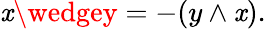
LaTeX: \mathit{x}\wedgey=-(y\wedge\mathit{x}).